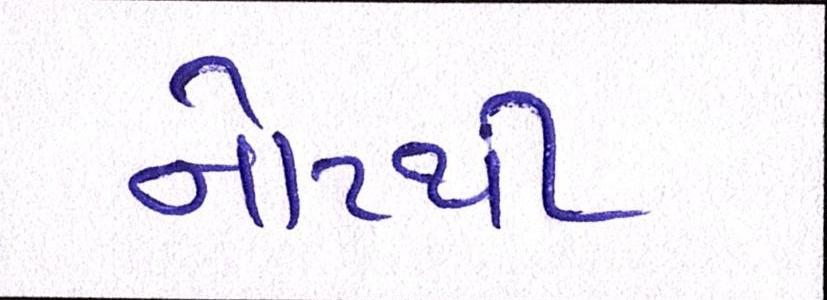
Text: નોટથી